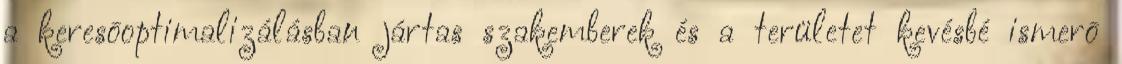
a keresõoptimalizálásban jártas szakemberek és a területet kevésbé ismerõ